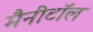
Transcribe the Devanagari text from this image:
मैनीटॉल